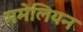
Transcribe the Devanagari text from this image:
ममेलियन